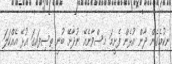
ނިކުމެގެން ދާން އުޅެން ފެށީމަ މިސްވާނެއޭ ނުދާށޭ ބުނީ ތިސިފައިގަ އުޅޭ އެއްކަލަ